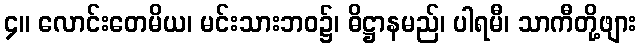
၄။ လောင်းတေမိယ၊ မင်းသားဘဝ၌၊ ဓိဋ္ဌာနမည်၊ ပါရမီ၊ သာကီတို့ဖျား